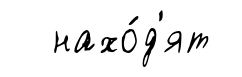
нахо́д'ят